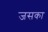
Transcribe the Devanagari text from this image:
जसका